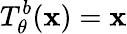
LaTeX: T_{\theta}^{b}(\mathbf{x})=\mathbf{x}